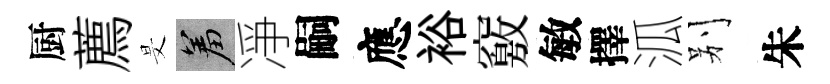
厨薦旻羞凈嗣應裕竅敏擇泒别朱